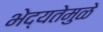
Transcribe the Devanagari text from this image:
भेद्यतेमुळे